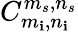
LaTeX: C_{m_{\mathbf{i}},n_{\mathbf{i}}}^{m_{s},n_{s}}